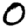
Digit: 0